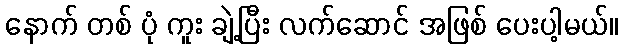
နောက် တစ် ပုံ ကူး ချဲ့ပြီး လက်ဆောင် အဖြစ် ပေးပါ့မယ်။